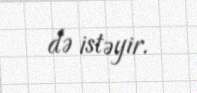
də istəyir.